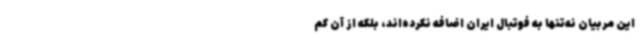
این مربیان نه‌تنها به فوتبال ایران اضافه نکرده‌اند، بلکه از آن کم